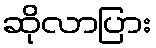
ဆိုလာပြား